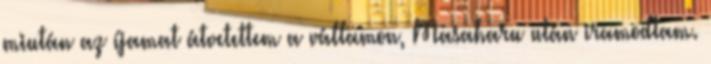
miután az íjamat átvetettem a vállamon, Masaharu után iramodtam.